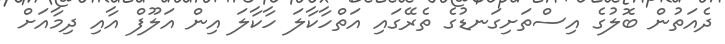
ދެއަތުން ބޮލުގެ އިސްތަށިގަނޑުގެ ތެރޭގައި އަތްހާކާލަ ހާކާލަ އިން އަލޫފް އާއި ދިމާއަށް